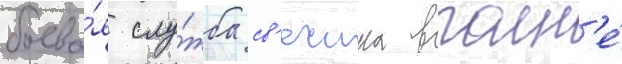
боева́я слу́жба св'ечина вполн'е́